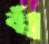
বাঁ